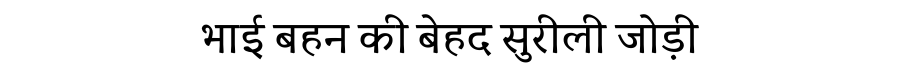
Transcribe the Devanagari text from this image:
भाई बहन की बेहद सुरीली जोड़ी